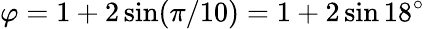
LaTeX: \varphi=1+2\sin(\pi/10)=1+2\sin 18^{\circ}